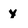
Character: y